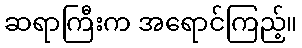
ဆရာကြီးက အရောင်ကြည့်။